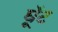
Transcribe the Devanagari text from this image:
घूॅट